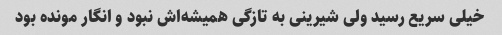
خیلی سریع رسید ولی شیرینی به تازگی همیشه‌اش نبود و انگار مونده بود